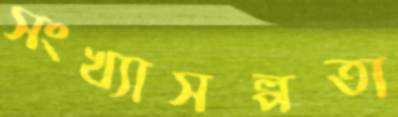
সংখ্যাসল্পতা